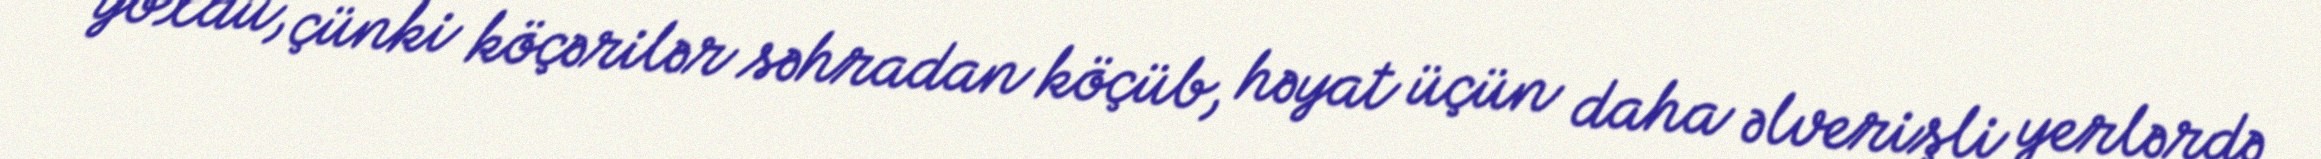
yoxdu, çünki köçərilər səhradan köçüb, həyat üçün daha əlverişli yerlərdə